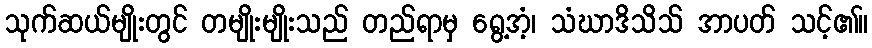
သုက်ဆယ်မျိုးတွင် တမျိုးမျိုးသည် တည်ရာမှ ရွေ့အံ့၊ သံဃာဒိသိသ် အာပတ် သင့်၏။